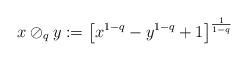
LaTeX: \begin{align*}x\oslash_{q}y:=\left[ x^{1-q}-y^{1-q}+1\right] ^{\frac{1}{1-q}}\end{align*}